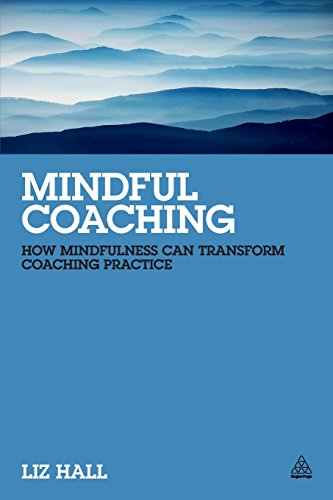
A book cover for Mindful Coaching: How Mindfulness Can Transform Coaching Practice; Liz Hall; Business & Money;